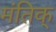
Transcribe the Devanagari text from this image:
मंतिक्‌